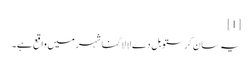
[1]
یہ سان کرستوبل دے لا لاگنا شہر میں واقع ہے۔